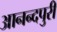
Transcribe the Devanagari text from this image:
आनन्दपुरी